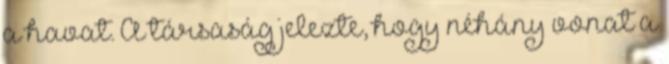
a havat. A társaság jelezte, hogy néhány vonat a